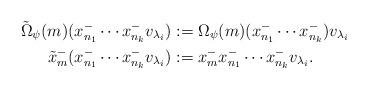
LaTeX: \begin{align*}\tilde\Omega_\psi(m)(x^-_{n_1}\cdots x^-_{n_k}v_{\lambda_i})&:=\Omega_\psi(m)(x^-_{n_1}\cdots x^-_{n_k})v_{\lambda_i} \\\tilde x_m^-(x^-_{n_1} \cdots x^-_{n_k}v_{\lambda_i})&:= x_m^-x^-_{n_1}\cdots x^-_{n_k}v_{\lambda_i}.\end{align*}